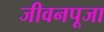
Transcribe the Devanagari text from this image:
जीवनपूजा